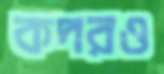
কদরও